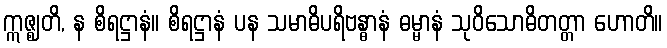
ဣဇ္ဈတိ, န စိရဋ္ဌာနံ။ စိရဋ္ဌာနံ ပန သမာဓိပရိဗန္ဓာနံ ဓမ္မာနံ သုဝိသောဓိတတ္တာ ဟောတိ။